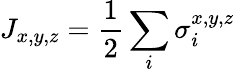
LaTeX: J_{x,y,z}=\frac{1}{2}\sum_{i}\sigma_{i}^{x,y,z}